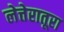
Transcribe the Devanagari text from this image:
लेत्तेरातूरा